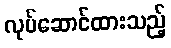
လုပ်ဆောင်ထားသည့်